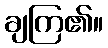
ချကြ၏။